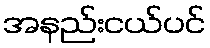
အနည်းငယ်ပင်